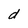
Character: d